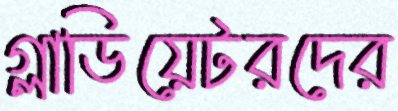
গ্লাডিয়েটরদের